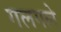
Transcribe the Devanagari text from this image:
गलगले